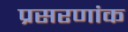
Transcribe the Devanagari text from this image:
प्रसरणांक